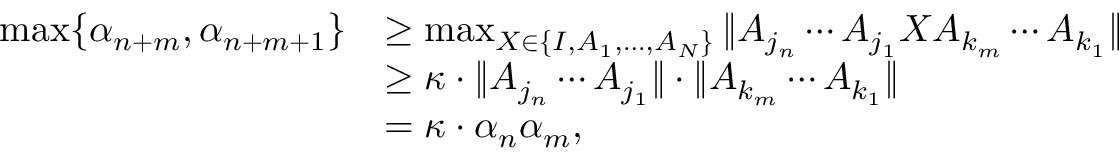
\begin{array} { r l } { \operatorname* { m a x } \{ \alpha _ { n + m } , \alpha _ { n + m + 1 } \} } & { \geq \operatorname* { m a x } _ { X \in \{ I , A _ { 1 } , \ldots , A _ { N } \} } \| A _ { j _ { n } } \cdots A _ { j _ { 1 } } X A _ { k _ { m } } \cdots A _ { k _ { 1 } } \| } \\ & { \geq \kappa \cdot \| A _ { j _ { n } } \cdots A _ { j _ { 1 } } \| \cdot \| A _ { k _ { m } } \cdots A _ { k _ { 1 } } \| } \\ & { = \kappa \cdot \alpha _ { n } \alpha _ { m } , } \end{array}